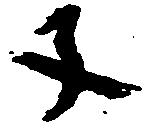
子